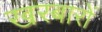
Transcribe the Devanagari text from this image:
खरबारों